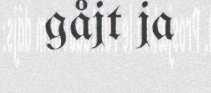
gåjt ja